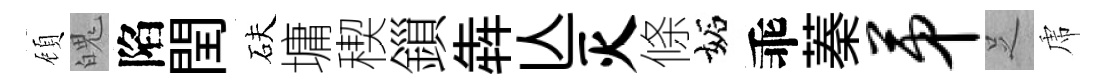
頋魄陷閏砆墉稧鎻犇亾灭條妬乖蓁第𠯁虎